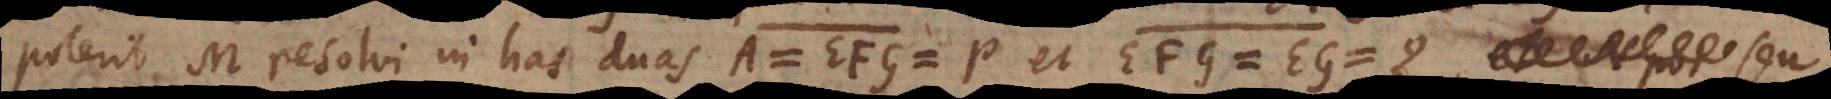
poterit M resolvi in has duas A = EFG = P et EFG = EG = Q, seu